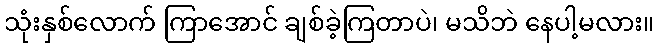
သုံးနှစ်လောက် ကြာအောင် ချစ်ခဲ့ကြတာပဲ၊ မသိဘဲ နေပါ့မလား။